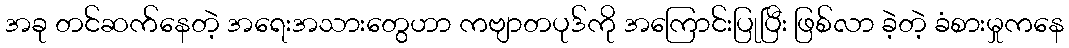
အခု တင်ဆက်နေတဲ့ အရေးအသားတွေဟာ ကဗျာတပုဒ်ကို အကြောင်းပြုပြီး ဖြစ်လာ ခဲ့တဲ့ ခံစားမှုကနေ